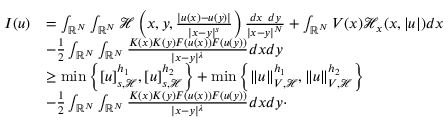
\begin{array} { r l } { I ( u ) } & { = \int _ { { \mathbb R } ^ { N } } \int _ { { \mathbb R } ^ { N } } \mathcal { H } \left( x , y , \frac { | u ( x ) - u ( y ) | } { | x - y | ^ { s } } \right) \frac { d x \ d y } { | x - y | ^ { N } } + \int _ { { \mathbb R } ^ { N } } V ( x ) \mathcal { H } _ { x } ( x , | u | ) d x } \\ & { - \frac { 1 } { 2 } \int _ { { \mathbb R } ^ { N } } \int _ { { \mathbb R } ^ { N } } \frac { K ( x ) K ( y ) F ( u ( x ) ) F ( u ( y ) ) } { | x - y | ^ { \lambda } } d x d y } \\ & { \geq \operatorname* { m i n } \left\lbrace [ u ] _ { s , \mathcal { H } } ^ { h _ { 1 } } , [ u ] _ { s , \mathcal { H } } ^ { h _ { 2 } } \right\rbrace + \operatorname* { m i n } \left\lbrace \| u \| _ { V , \mathcal { H } } ^ { h _ { 1 } } , \| u \| _ { V , \mathcal { H } } ^ { h _ { 2 } } \right\rbrace } \\ & { - \frac { 1 } { 2 } \int _ { { \mathbb R } ^ { N } } \int _ { { \mathbb R } ^ { N } } \frac { K ( x ) K ( y ) F ( u ( x ) ) F ( u ( y ) ) } { | x - y | ^ { \lambda } } d x d y \cdot } \end{array}